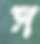
স